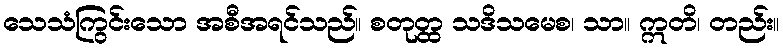
သေသံကြွင်းသော အစီအရင်သည်။ စတုတ္ထ သဒိသမေစ၊ သာ။ ဣတိ၊ တည်း။